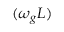
( \omega _ { g } L )